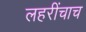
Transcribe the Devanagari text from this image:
लहरींचाच